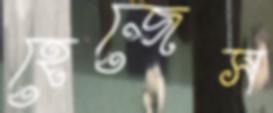
হেজেস